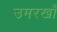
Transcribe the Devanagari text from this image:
उमरखाँ